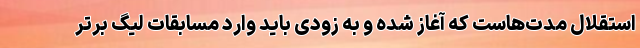
استقلال مدت‌هاست که آغاز شده و به زودی باید وارد مسابقات لیگ برتر